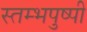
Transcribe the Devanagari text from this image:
स्तम्भपुष्पी